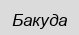
Бакуда